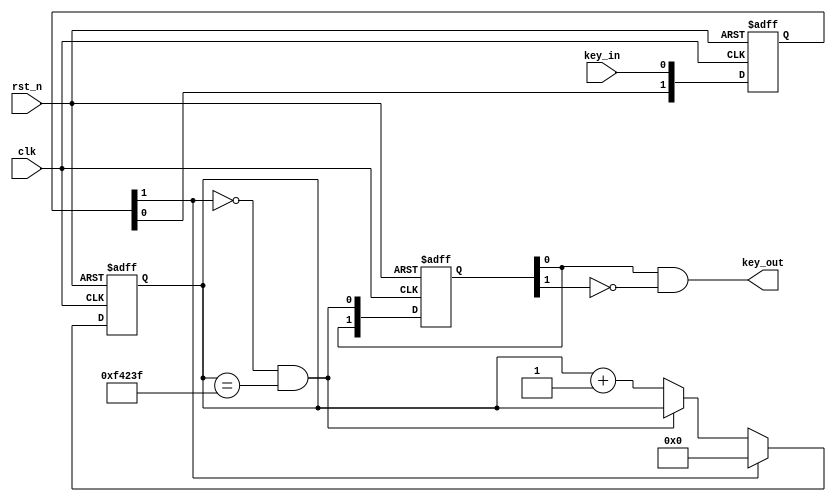
/************************************************************************
 * Create time   : 2018-04-23 10:25
 * Description   : 
 * *********************************************************************/
module  debounce(
        input                   clk                     ,
        input                   rst_n                   ,
        //key
        input                   key_in                  ,
        output  wire            key_out 
);
//=====================================================================\
// ********** Define Parameter and Internal Signals *************
//=====================================================================/
parameter   TIME_20MS           =       1_000_000               ;//clk=50Mhz 20ms
reg     [19: 0]                 cnt                             ;
wire                            add_cnt                         ;
wire                            end_cnt                         ;

reg     [ 1: 0]                 key_r                           ; 
reg     [ 1: 0]                 flag_r                          ;

//======================================================================
// ***************      Main    Code    ****************
//======================================================================
//key_r  
always  @(posedge clk or negedge rst_n)begin
    if(rst_n==1'b0)begin
        key_r   <=      'd0;
    end
    else begin
        key_r   <=      {key_r[0],key_in};
    end
end

//cnt
always @(posedge clk or negedge rst_n)begin
    if(!rst_n)begin
        cnt <= 0;
    end
    else if(add_cnt)begin
        if(end_cnt)
            cnt <= cnt;  //
        else
            cnt <= cnt + 1;
    end
    else begin
        cnt <=  0;
    end
end

assign  add_cnt     =       key_r[1] == 1'b0;       
assign  end_cnt     =       add_cnt && cnt == TIME_20MS-1;   

//flag_r  end_cnt
always  @(posedge clk or negedge rst_n)begin
    if(rst_n==1'b0)begin
        flag_r  <=  'd0;
    end
    else begin
        flag_r  <=  {flag_r[0],end_cnt};
    end
end

//
assign  key_out     =       flag_r[0] && (~flag_r[1]);




endmodule